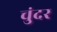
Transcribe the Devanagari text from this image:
चुंदर